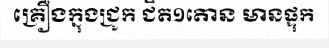
គ្រឿងក្នុងជ្រូក ជិត១តោន មានផ្ទុក